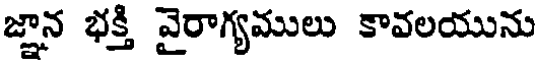
జ్ఞాన భక్తి వైరాగ్యములు కావలయును